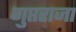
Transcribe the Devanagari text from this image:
गुप्तराजा